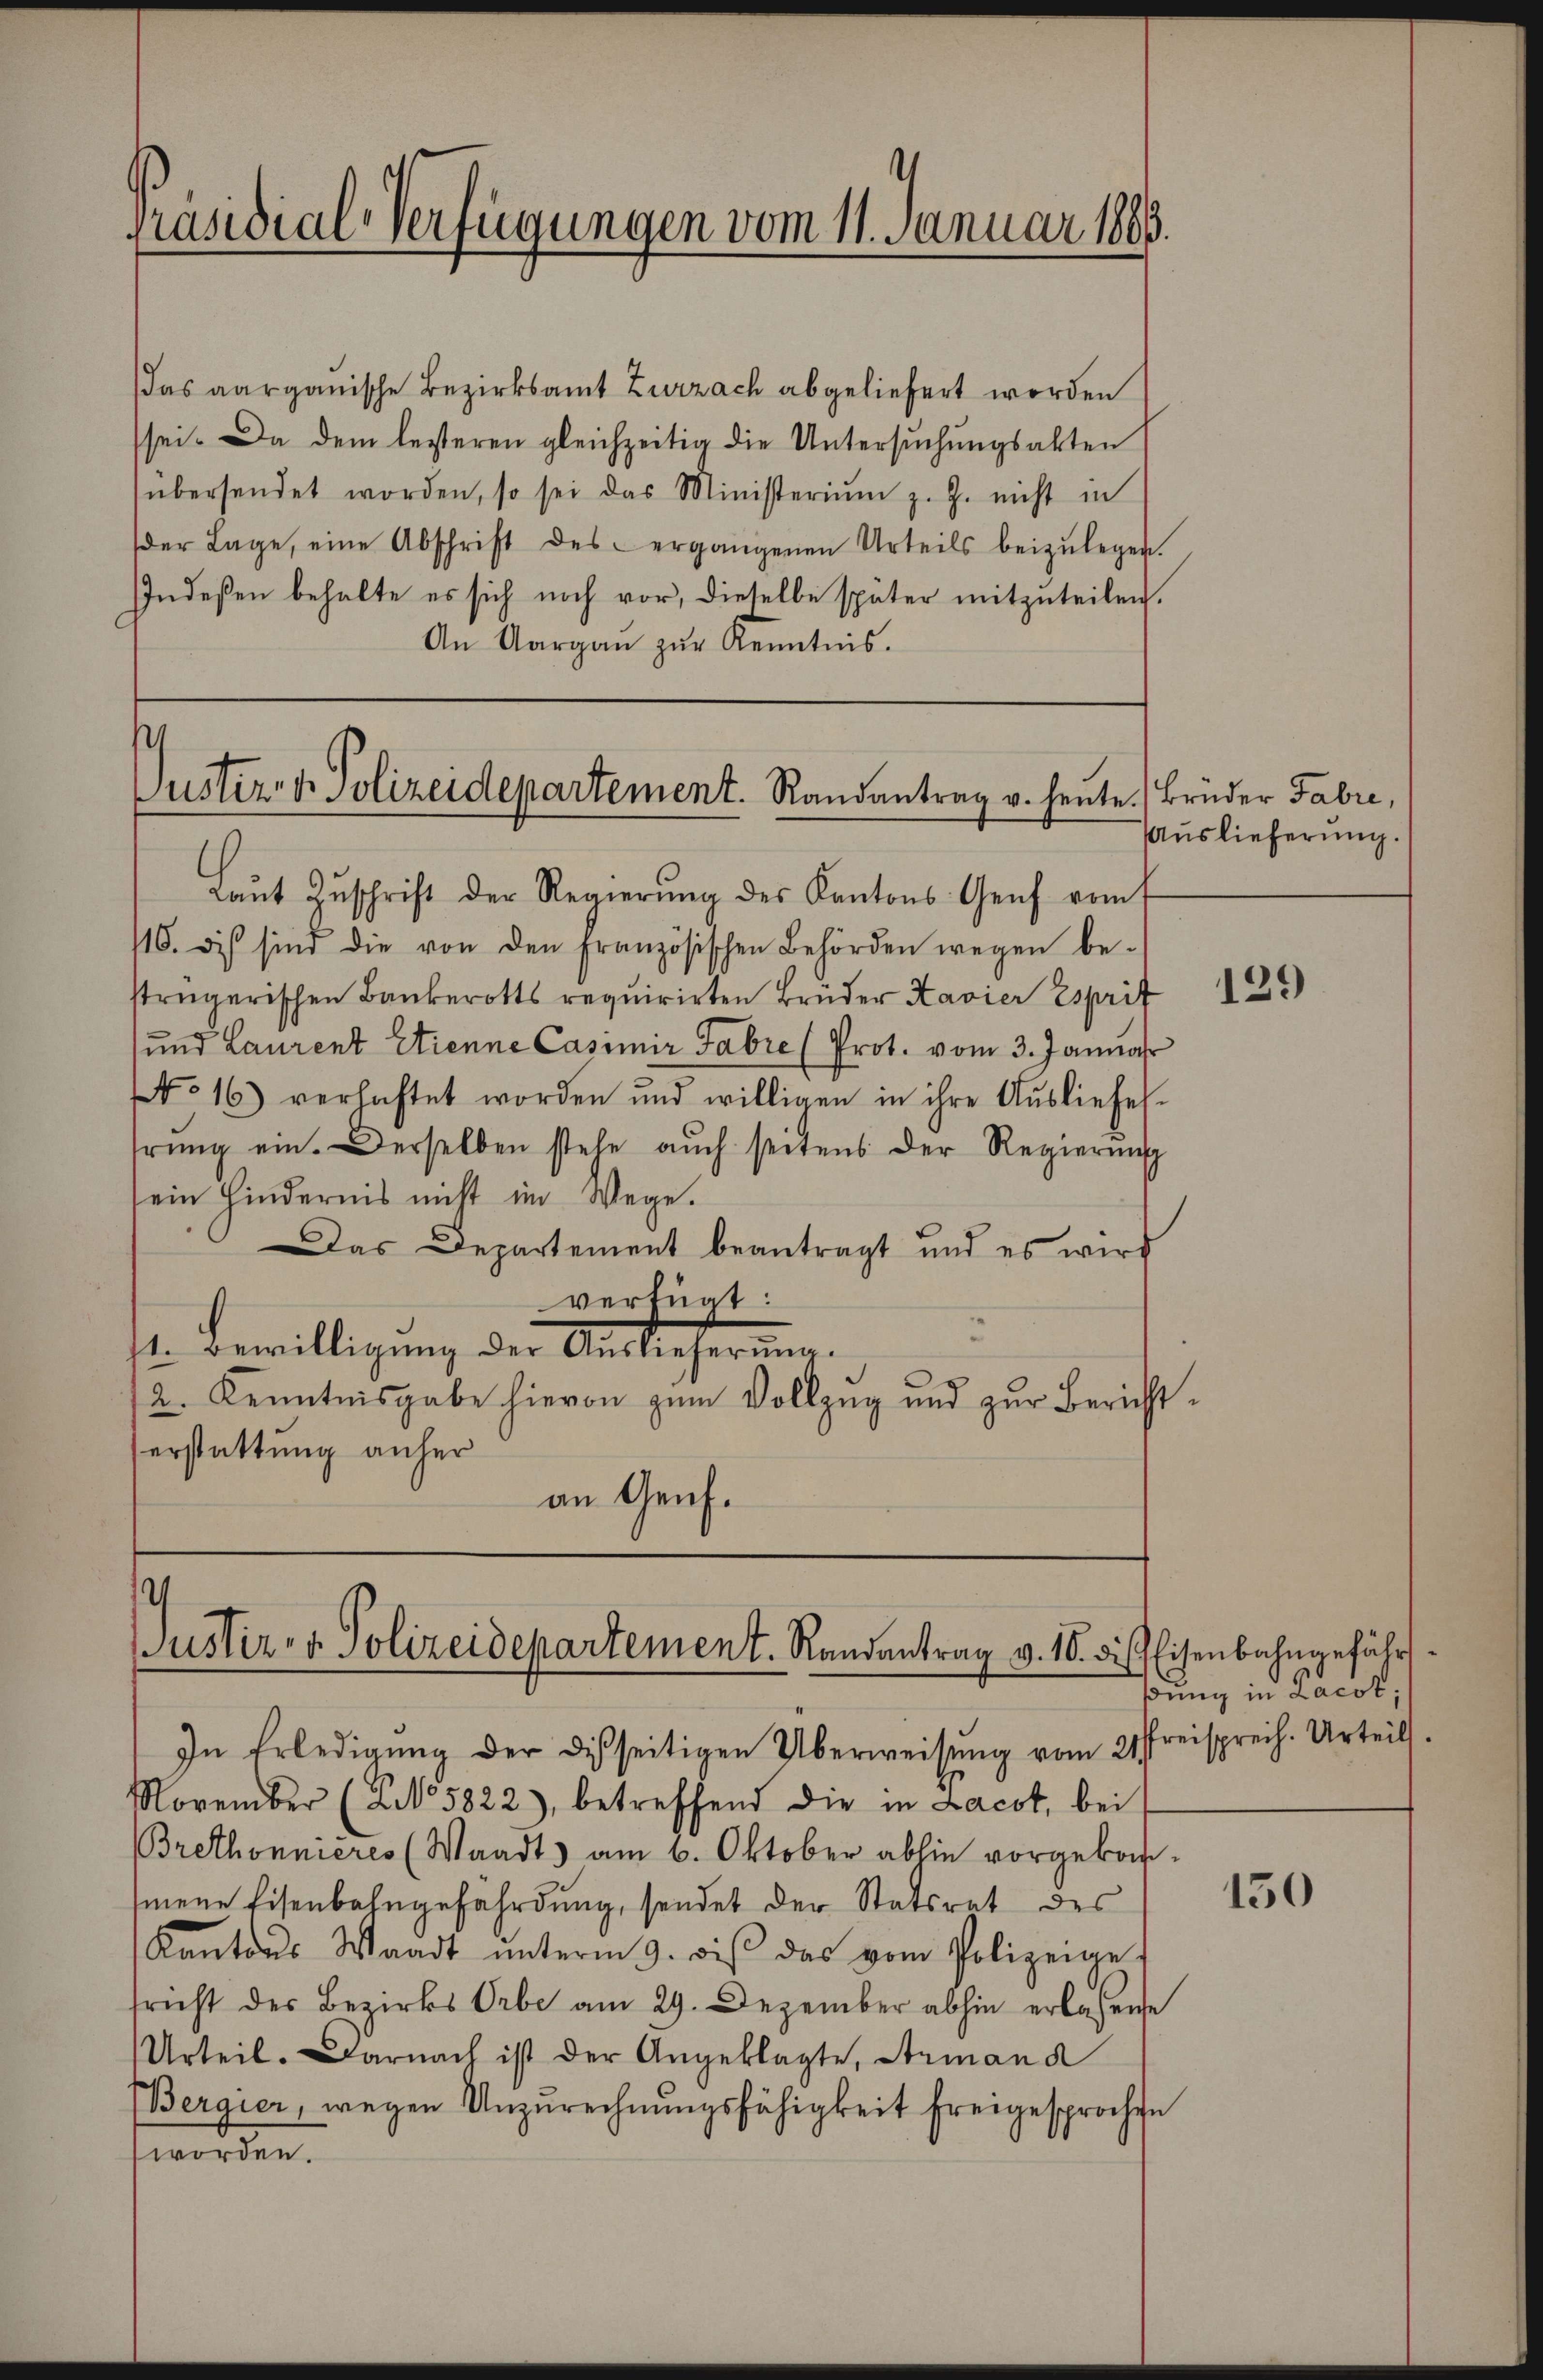
Präsidial-Verfügungen vom 11. Januar 1888.

das aarganische Bezirksamt Zurzach abgeliefert worden
sei. Da dem lezteren gleichzeitig die Untersuchungsakten
(übersendet worden, so sei das Ministeriŭm z. Z. nicht in
der Lage, eine Abschrift des ergangenen Urteils beizŭlegen.
Indeßen behalte es sich noch vor, dieselbe später mitzuteilen.
An Aargaŭ zŭr Kenntnis.

Justiz- & Polizeidepartement. Randantrag v. heute. Brüder Fabri,
Laŭt Zŭschrift der Regierŭng des Kantons Genf vom

16. des sind die von den Französischen Behörden wegen be-
strügerischen Bankerotts requirirten Brüder Kavier Esprit
sund Laurent Etienne Casimir Fabre (Prot. vom 3. Januar
No 16) verhaftet worden und willigen in ihre Aŭsliefes-
erŭng ein. Derselben stehe aŭch seitens der Regierŭng
sein Hindernis nicht im Wege.
Das Departement beantragt und es wird
verfügt:
11. Bewilligung der Auslieferung.
2. Kenntnisgabe hievon zum Vollzug und zur Berichterstattung anher
an Genf.

s
Justiz- & Polizeidepartement. Randantrag v. 10. die Eisenbahngefährs
In Erledigŭng der disseitigen Überweisŭng vom 21 streisprech. Urteils.

November (NNo. 5822), betreffend die in Lacot, bei
Brethonnieres (Waadt) am 6. Oktober abhin vorgekom-
mene Eisenbahngefährdung, sendet der Statsrat des
Kantons Waadt ŭnterm 9. bis das vom Polizeige-
fricht der Bezirks Orbe am 29. Dezember abhin erlassene
Urteil. Darnach ist der Angeklagte, Armand
Bergier, wegen Unzurechnŭngsfähigkeit freigesprochen
worden.

Auslieferung.

129)

dung in Lacot;

150